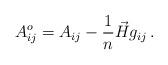
LaTeX: \begin{align*}A^o_{ij} = A_{ij} - \frac1n\vec{H}g_{ij}\,.\end{align*}